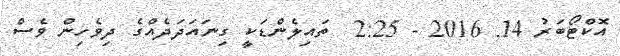
އޮކްޓޯބަރު 14